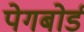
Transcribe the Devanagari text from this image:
पेगबोर्ड